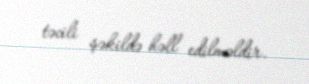
təcili şəkildə həll edilməldir.